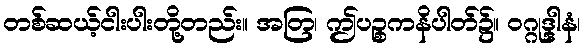
တစ်ဆယ့်ငါးပါးတို့တည်း။ အတြ၊ ဤပဉ္စကနိပါတ်၌။ ဝဂ္ဂုဒ္ဒါနံ၊